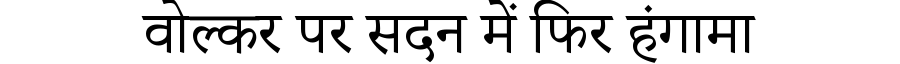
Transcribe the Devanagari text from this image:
वोल्कर पर सदन में फिर हंगामा